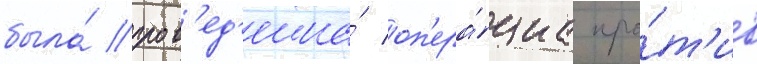
была́ пров'ед'ена́ оп'ера́циа про́т'ив